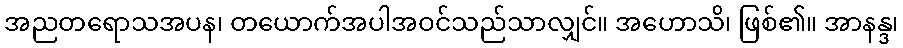
အညတရောသအပန၊ တယောက်အပါအဝင်သည်သာလျှင်။ အဟောသိ၊ ဖြစ်၏။ အာနန္ဒ၊